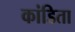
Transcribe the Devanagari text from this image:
कांडिता